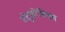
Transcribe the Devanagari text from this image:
तंतुकोशिका